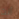
أنت